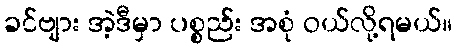
ခင်ဗျား အဲ့ဒီမှာ ပစ္စည်း အစုံ ဝယ်လို့ရမယ်။